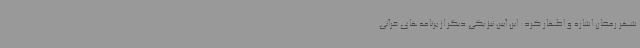
شهر رمضان اشاره و اظهار کرد: این آیین نیز یکی دیگر از برنامه‌های قرآنی